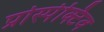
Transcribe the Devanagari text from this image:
प्रोस्पेक्टिव